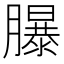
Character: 𦢊